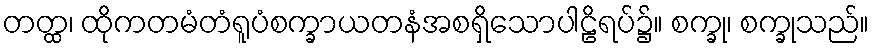
တတ္ထ၊ ထိုကတမံတံရူပံစက္ခာယတနံအစရှိသောပါဠိရပ်၌။ စက္ခု၊ စက္ခုသည်။